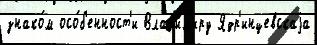
знако́м осо́б'енност'и Влад'и́м'иру Ядр'инцевскаjа